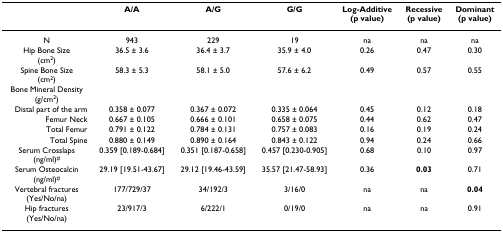
<table><thead><tr><td></td><td><b>A/A</b></td><td><b>A/G</b></td><td><b>G/G</b></td><td><b>Log-Additive(p value)</b></td><td><b>Recessive(p value)</b></td><td><b>Dominant(p value)</b></td></tr></thead><tbody><tr><td>N</td><td>943</td><td>229</td><td>19</td><td>na</td><td>na</td><td>na</td></tr><tr><td>Hip Bone Size(cm<sup>2</sup>)</td><td>36.5 ± 3.6</td><td>36.4 ± 3.7</td><td>35.9 ± 4.0</td><td>0.26</td><td>0.47</td><td>0.30</td></tr><tr><td>Spine Bone Size(cm<sup>2</sup>)</td><td>58.3 ± 5.3</td><td>58.1 ± 5.0</td><td>57.6 ± 6.2</td><td>0.49</td><td>0.57</td><td>0.55</td></tr><tr><td>Bone Mineral Density(g/cm<sup>2</sup>)</td><td></td><td></td><td></td><td></td><td></td><td></td></tr><tr><td>Distal part of the arm</td><td>0.358 ± 0.077</td><td>0.367 ± 0.072</td><td>0.335 ± 0.064</td><td>0.45</td><td>0.12</td><td>0.18</td></tr><tr><td>Femur Neck</td><td>0.667 ± 0.105</td><td>0.666 ± 0.101</td><td>0.658 ± 0.075</td><td>0.44</td><td>0.62</td><td>0.47</td></tr><tr><td>Total Femur</td><td>0.791 ± 0.122</td><td>0.784 ± 0.131</td><td>0.757 ± 0.083</td><td>0.16</td><td>0.19</td><td>0.24</td></tr><tr><td>Total Spine</td><td>0.880 ± 0.149</td><td>0.890 ± 0.164</td><td>0.843 ± 0.122</td><td>0.94</td><td>0.24</td><td>0.66</td></tr><tr><td>Serum Crosslaps(ng/ml)<sup>#</sup></td><td>0.359 [0.189-0.684]</td><td>0.351 [0.187-0.658]</td><td>0.457 [0.230-0.905]</td><td>0.68</td><td>0.10</td><td>0.97</td></tr><tr><td>Serum Osteocalcin(ng/ml)<sup>#</sup></td><td>29.19 [19.51-43.67]</td><td>29.12 [19.46-43.59]</td><td>35.57 [21.47-58.93]</td><td>0.36</td><td><b>0.03</b></td><td>0.71</td></tr><tr><td>Vertebral fractures(Yes/No/na)</td><td>177/729/37</td><td>34/192/3</td><td>3/16/0</td><td>na</td><td>na</td><td><b>0.04</b></td></tr><tr><td>Hip fractures(Yes/No/na)</td><td>23/917/3</td><td>6/222/1</td><td>0/19/0</td><td>na</td><td>na</td><td>0.91</td></tr></tbody></table>